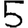
Digit: 5